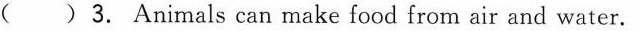
()3. Animals can make food from air and water.